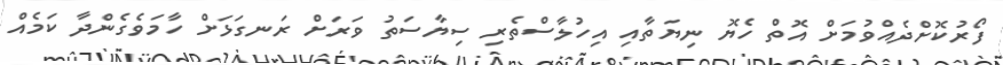
ފޯރުކޮށްދެއްވުމަށް އޮތް ހެޔޮ ނިޔަތާއި އިހުލާސްތެރި ސިޔާސަތު ވަރަށް ރަނގަޅަށް ހާމަވެގެންދާ ކަމެއް